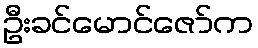
ဦးခင်မောင်ဇော်က